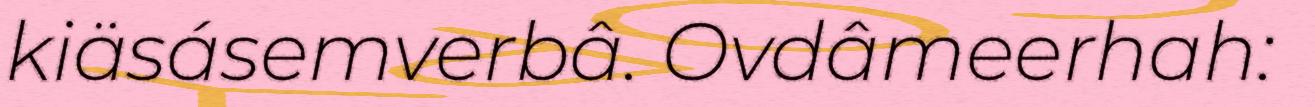
kiäsásemverbâ. Ovdâmeerhah: